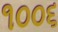
૧૦૦૬